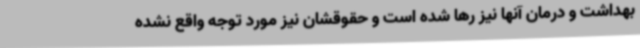
بهداشت و درمان آنها نیز رها شده است و حقوقشان نیز مورد توجه واقع نشده